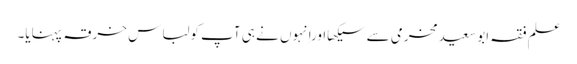
علم فقہ ابو سعیدمخرمی سے سیکھااوراِنہوں نے ہی آپ کولباس خرقہ پہنایا۔